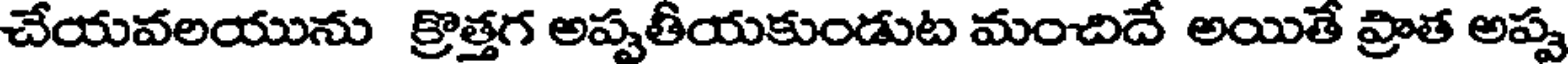
చేయవలయును క్రొత్తగ అప్పతీయకుండుట మంచిదే అయితే ప్రాత అప్ప